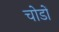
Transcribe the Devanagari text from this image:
चोडों